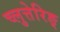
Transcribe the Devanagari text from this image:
च्लुत्तेरिङ्